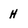
Character: H